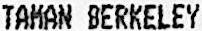
TAMAN BERKELEY